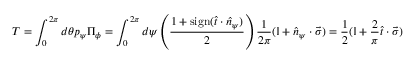
T = \int _ { 0 } ^ { 2 \pi } d \theta p _ { \psi } \Pi _ { \phi } = \int _ { 0 } ^ { 2 \pi } d \psi \left( \frac { 1 + \mathrm { s i g n } ( \hat { t } \cdot \hat { n } _ { \psi } ) } { 2 } \right) \frac { 1 } { 2 \pi } ( \mathbb { I } + \hat { n } _ { \psi } \cdot \vec { \sigma } ) = \frac { 1 } { 2 } ( \mathbb { I } + \frac { 2 } { \pi } \hat { t } \cdot \vec { \sigma } )